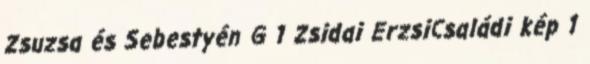
Zsuzsa és Sebestyén G 1 Zsidai ErzsiCsaládi kép 1